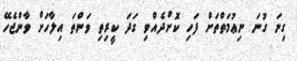
ގިނަ ގުނަ ނިޢުމަތްތަށް ފަހި ކޮށްދެއްވި ގަދަ ކީރިތި ވަންތަ އިލާހަށް ވާންޖެހޭ